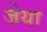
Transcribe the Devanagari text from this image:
जेया